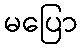
မပြော